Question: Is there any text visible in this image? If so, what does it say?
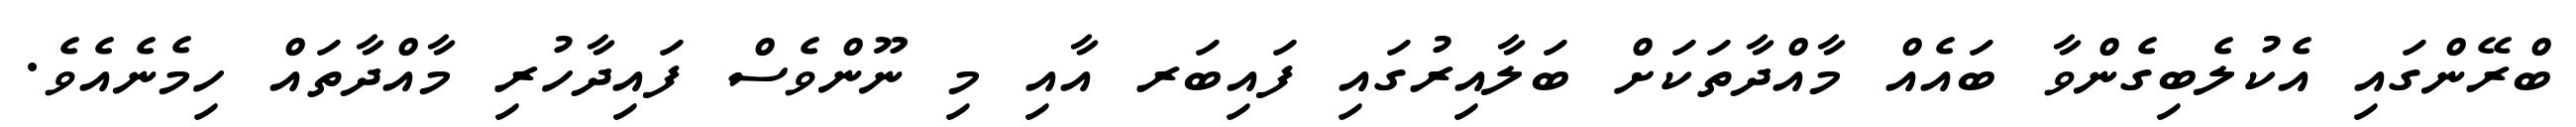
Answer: ބްރޭންގައި އެކުލެބިގެންވާ ބައެއް މާއްދާތަކަށް ބަލާއިރުގައި ފައިބަރ އާއި މި ނޫންވެސް ފައިދާހުރި މާއްދާތައް ހިމެނެއެވެ.